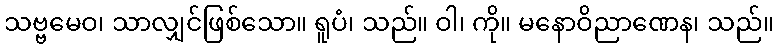
သဗ္ဗမေဝ၊ သာလျှင်ဖြစ်သော။ ရူပံ၊ သည်။ ဝါ၊ ကို။ မနောဝိညာဏေန၊ သည်။